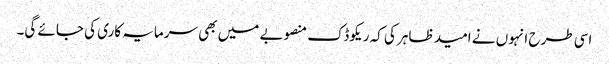
اسی طرح انہوں نے امید ظاہر کی کہ ریکوڈک منصوبے میں بھی سرمایہ کاری کی جائے گی۔